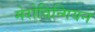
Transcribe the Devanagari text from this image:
मेरोविन्गियन